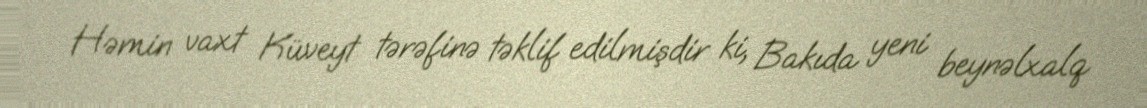
Həmin vaxt Küveyt tərəfinə təklif edilmişdir ki, Bakıda yeni beynəlxalq